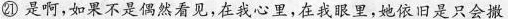
㉑ 是啊，如果不是偶然看见，在我心里，在我眼里，她依旧是只会撒